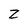
Character: Z